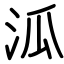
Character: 泒